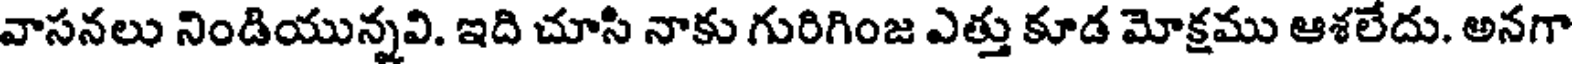
వాసనలు నిండియున్నవి. ఇది చూసి నాకు గురిగింజ ఎత్తు కూడ మోక్షము ఆశలేదు. అనగా